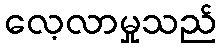
လေ့လာမှုသည်